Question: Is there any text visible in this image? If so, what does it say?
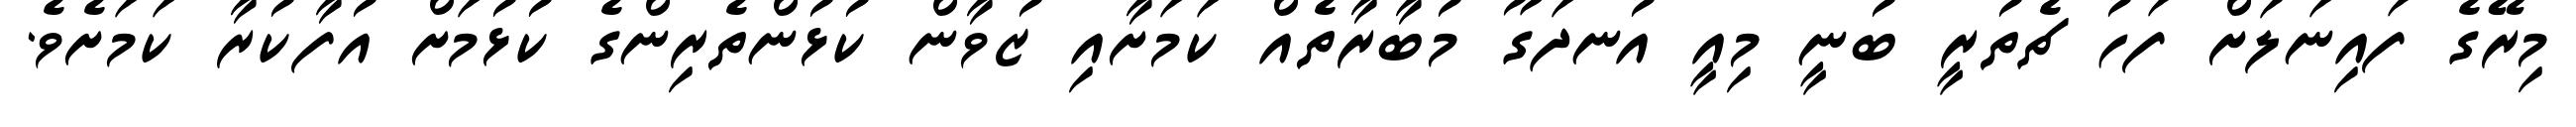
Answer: މިރޭގެ ފައިނަލަށް ފަހު ޗެތުރީ ބުނީ މިއީ އުނދަގޫ މުބާރާތެއް ކަމަށާއި ޒުވާން ކުޅުންތެރިންގެ ކުޅުމަށް އުފާކުރާ ކަމަށެވެ.